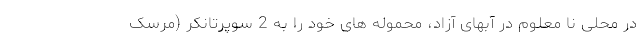
در محلی نا معلوم در آبهای آزاد، محموله های خود را به 2 سوپرتانکر (مرسک